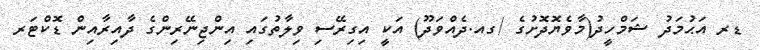
ޑރ އަޙުމަދު ޝަމްހީދު(މާވެޔޮދޮށުގެ /ގއ.ދެއްވަދޫ) އަކީ އިގިރޭސި ވިލާތުގައި އިންޖިނޭރިންގެ ދާއިރާއިން ޑޮކްޓަރ